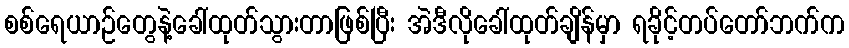
စစ်ရေယာဉ်တွေနဲ့ခေါ်ထုတ်သွားတာဖြစ်ပြီး အဲဒီလိုခေါ်ထုတ်ချိန်မှာ ရခိုင့်တပ်တော်ဘက်က